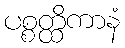
ပစ္စတ္ထိကာနံ